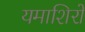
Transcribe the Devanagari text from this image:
यमाशिरों